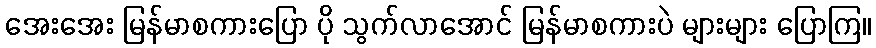
အေးအေး မြန်မာစကားပြော ပို သွက်လာအောင် မြန်မာစကားပဲ များများ ပြောကြ။